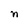
Character: n